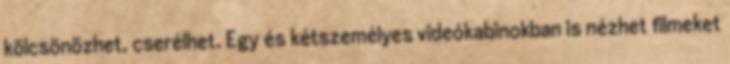
kölcsönözhet, cserélhet. Egy és kétszemélyes videókabinokban is nézhet filmeket